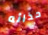
حذائه